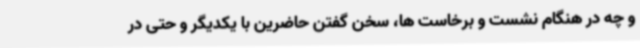
و چه در هنگام نشست و برخاست ها، سخن گفتن حاضرین با یکدیگر و حتی در